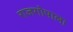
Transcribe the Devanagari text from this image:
राजगोपाला